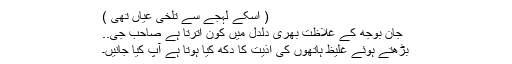
( اسکے لہجے سے تلخی عیاں تھی )
جان بوجھ کے غلاظت بھری دلدل میں کون اترتا ہے صاحب جی..
بڑھتے ہوئے غلیظ ہاتھوں کی اذیت کا دکھ کیا ہوتا ہے آپ کیا جانیں۔